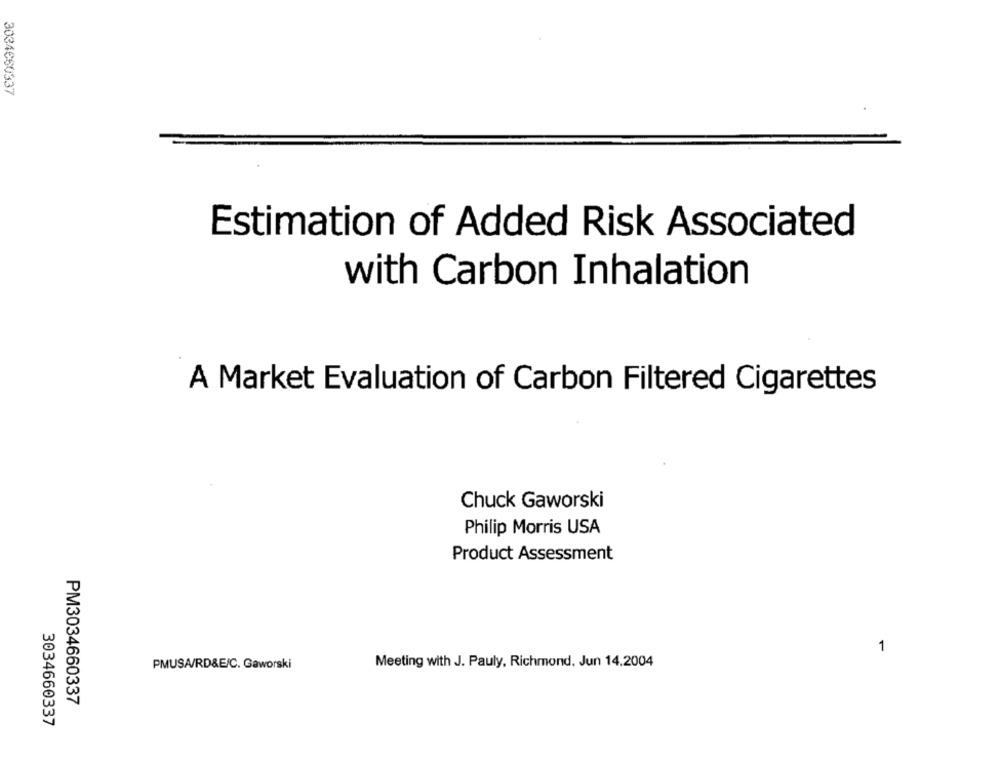
3034€60337
Estimation of Added Risk Associated
with Carbon Inhalation
A Market Evaluation of Carbon Filtered Cigarettes
Chuck Gaworski
Philip Morris USA
Product Assessment
1
Meeting with J. Pauly, Richmond. Jun 14.2004
PMUSA/RD&E/C. Gaworski
PM3034660337
3034660337